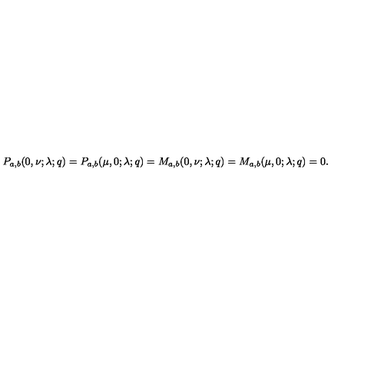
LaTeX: P _ { a , b } ( 0 , \nu ; \lambda ; q ) = P _ { a , b } ( \mu , 0 ; \lambda ; q ) = M _ { a , b } ( 0 , \nu ; \lambda ; q ) = M _ { a , b } ( \mu , 0 ; \lambda ; q ) = 0 .